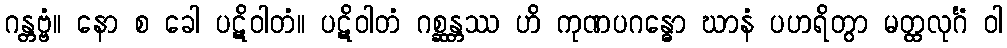
ဂန္တဗ္ဗံ။ နော စ ခေါ ပဋိဝါတံ။ ပဋိဝါတံ ဂစ္ဆန္တဿ ဟိ ကုဏပဂန္ဓော ဃာနံ ပဟရိတွာ မတ္ထလုင်္ဂံ ဝါ